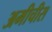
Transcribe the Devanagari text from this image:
अमीचीस